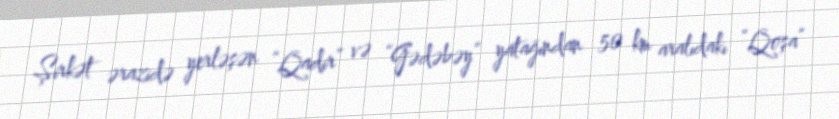
Şirkət ərazidə yerləşən “Qadir” və “Gədəbəy” yatağından 50 km aralıdakı “Qoşa”